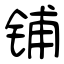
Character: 铺